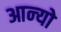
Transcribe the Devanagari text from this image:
आन्‍यो